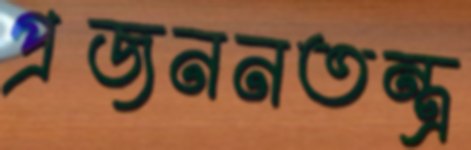
প্রজননতন্ত্র